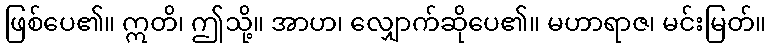
ဖြစ်ပေ၏။ ဣတိ၊ ဤသို့။ အာဟ၊ လျှောက်ဆိုပေ၏။ မဟာရာဇ၊ မင်းမြတ်။